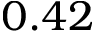
0 . 4 2